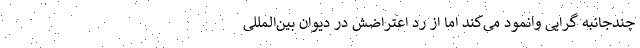
چندجانبه گرایی وانمود می‌کند اما از رد اعتراضش در دیوان بین‌المللی